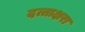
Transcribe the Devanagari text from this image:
दत्ताक्षरा